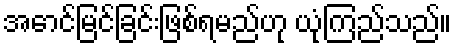
အောင်မြင်ခြင်းဖြစ်ရမည်ဟု ယုံကြည်သည်။